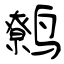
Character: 鹩